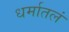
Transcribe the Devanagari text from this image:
धर्मातलं